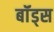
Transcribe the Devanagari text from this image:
बॉंड्स